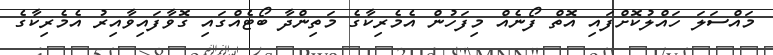
މައްސަލަ ހައްލުކޮށްފައި އޮތް ފޯނެއް މިފަހުން އެމެރިކާގެ މަތިންދާ ބޯޓެއްގައި ގޮވާފައިވާއިރު އެމެރިކާގެ